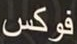
فوكس